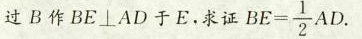
过B作BE\perpAD于E。求 $$B E = \frac { 1 } { 2 } A D$$.